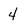
Character: 4